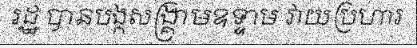
រដ្ឋ បានបង្កសង្គ្រាមឧទ្ទាម វាយប្រហារ